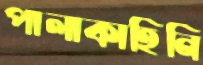
পালাকাহিনি